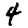
Digit: 4